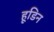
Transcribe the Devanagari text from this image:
हूडिन